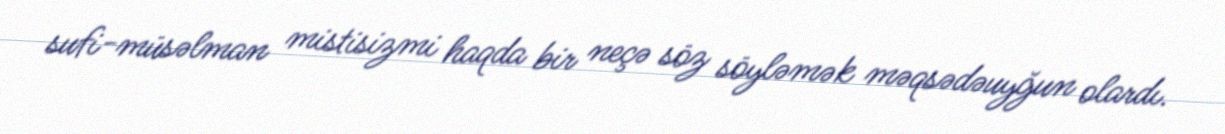
sufi-müsəlman mistisizmi haqda bir neçə söz söyləmək məqsədəuyğun olardı.